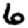
Digit: 6